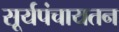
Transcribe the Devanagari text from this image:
सूर्यपंचायतन